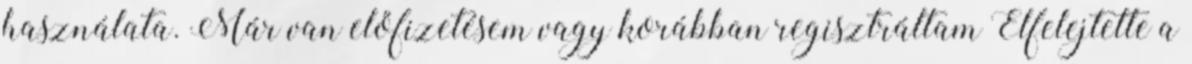
használata. Már van előfizetésem vagy korábban regisztráltam Elfelejtette a